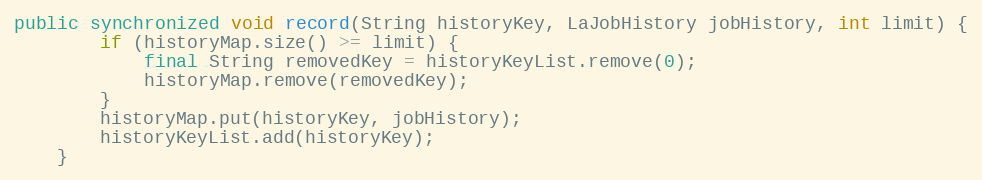
Language: Java
public synchronized void record(String historyKey, LaJobHistory jobHistory, int limit) {
        if (historyMap.size() >= limit) {
            final String removedKey = historyKeyList.remove(0);
            historyMap.remove(removedKey);
        }
        historyMap.put(historyKey, jobHistory);
        historyKeyList.add(historyKey);
    }